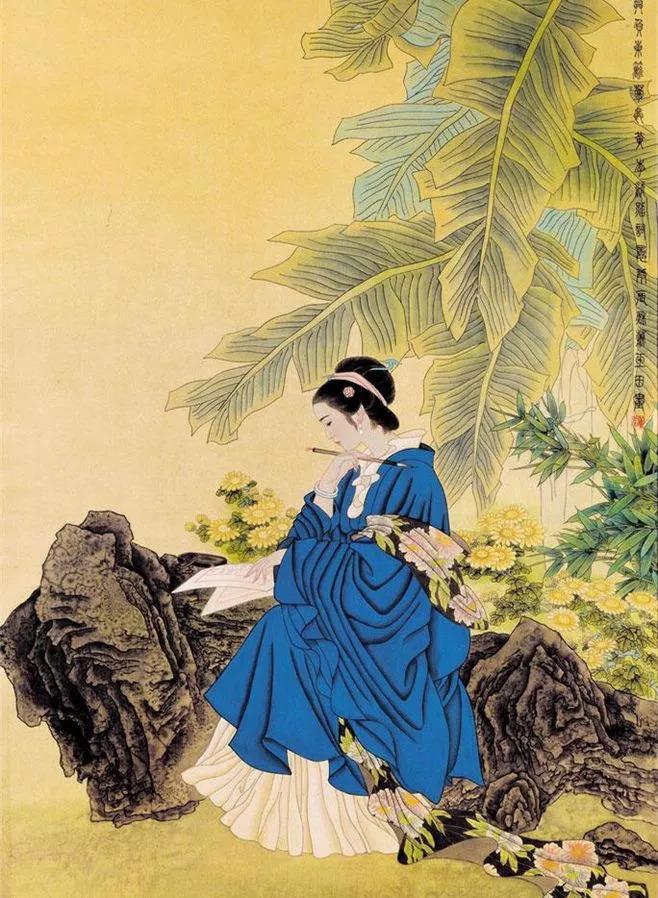
不如随分尊前醉，莫负东篱菊蕊黄。